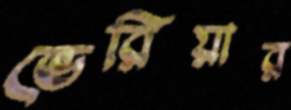
ভেরিয়ার